Aleksander_Warma, lk 8
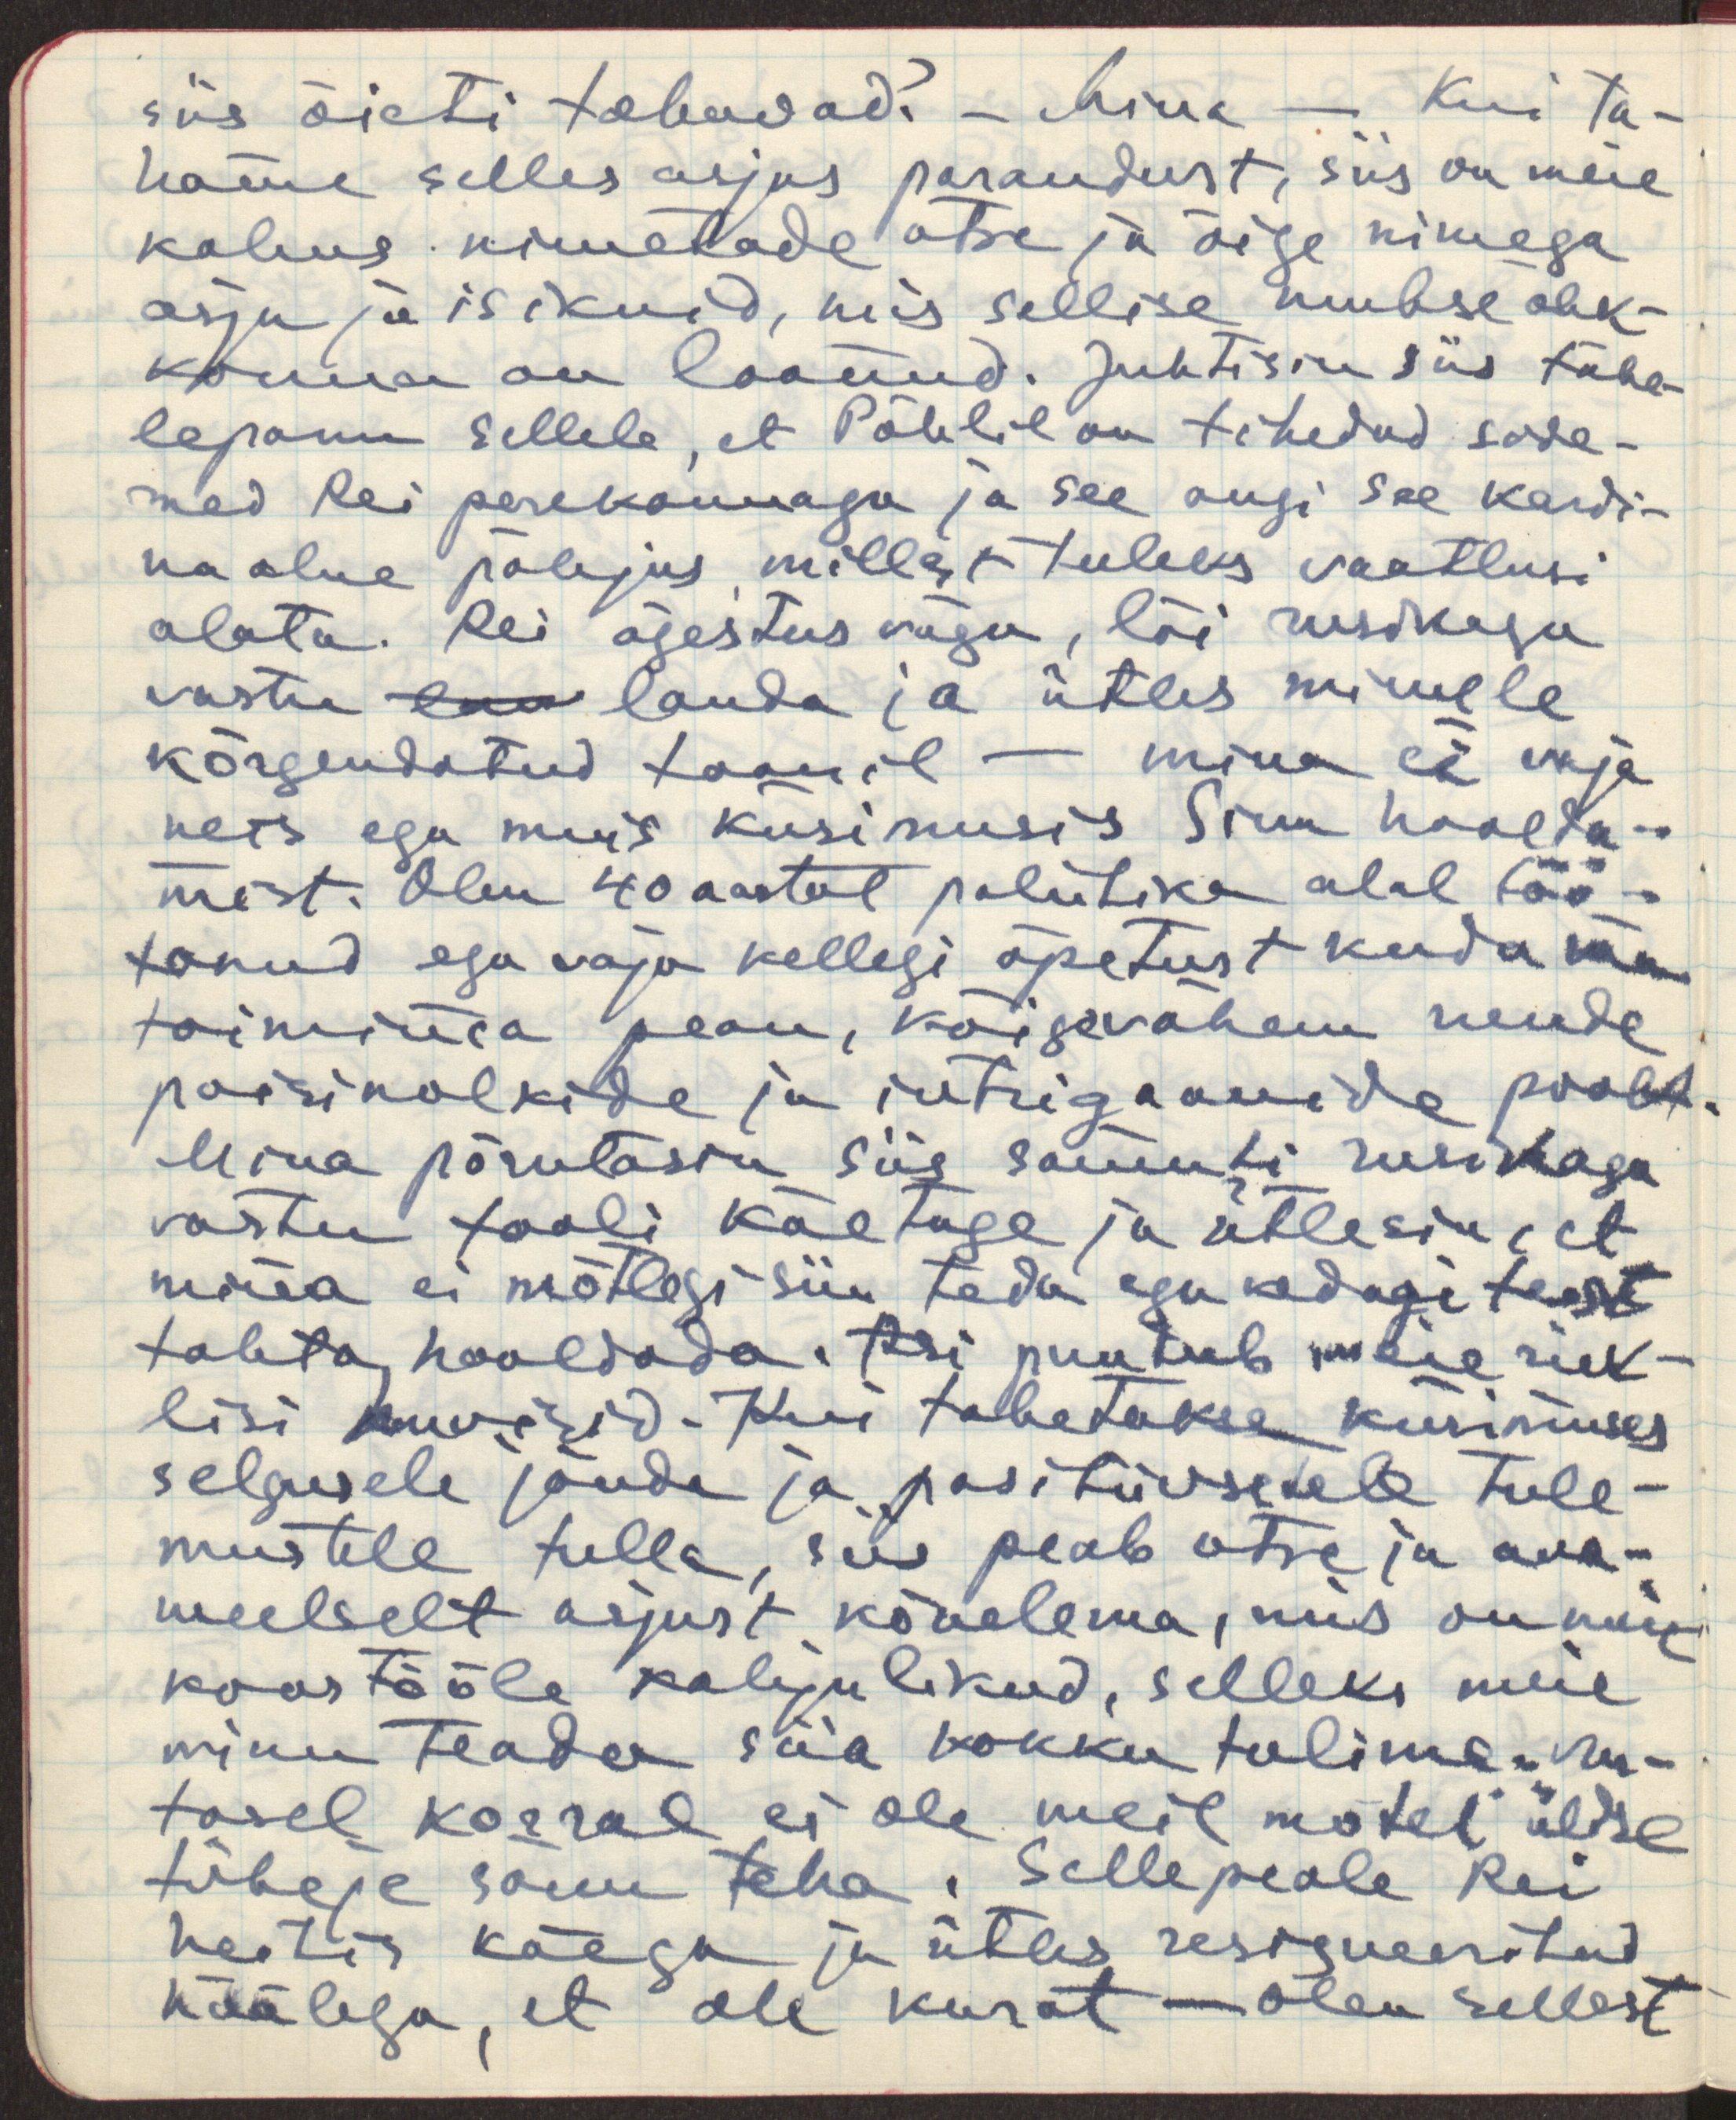
siis õieti tahavad? - Mina - Kui ta-
hame selles asjus parandust, siis on meie
kohus nimetada otse ja õige nimega
asju ja isikuid, mis sellise umbse õhk-
konna on loonud. Juhtisin siis tähe-
lepanu sellele, et Pöhlil on tihedad side-
med Rei perekonnaga ja see ongi see kardi-
naalne põhjus, millest tuleks vaatlusi
alata. Rei ägestus nägu, lõi rusikaga
vastu lau lauda ja ütles minule
kõrgentatud toonil - mina ei vaja
neis ega muis küsimusis Sinu hoolda-
mist. Olen 40 aastat poliitika alal töö-
tanud ega vaja kellegi õpetust kuda ma 
toimima pean, kõigevähem nende
poisinolkide ja intrigaanide poolt.
Mina põrutasin siis samuti rusikaga
vastu tooli käetuge ja ütlesin, et
mina ei mõtlegi siin teda ega kedagi teist
tahta hooldada. Asi puutub meie riik-
lisi huvisid. Kui tahetakse küsimuses
selgusele jõuda ja positiivsetele tule-
mustele tulla, siis peab otse ja ava- 
meelselt asjust kõnelema, mis on meie
koostööle kahjulikud, selleks meie
minu teada siia kokku tulime. vas- 
tasel korral ei ole meil mõtet üldse
tüheje sõnu teha. Sellepeale Rei
heitis käega ja ütles resigneeritud
häälega, et ole kurat - olen sellest